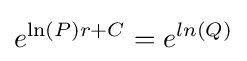
e^{\ln(P)r+C}=e^{ln(Q)}